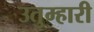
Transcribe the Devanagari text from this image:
उतुम्हारी